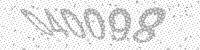
Solution: 040098